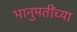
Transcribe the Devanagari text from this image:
भानुमतींच्या